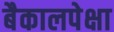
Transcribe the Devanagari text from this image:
बैकालपेक्षा